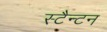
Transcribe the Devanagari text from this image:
स्टैन्टन